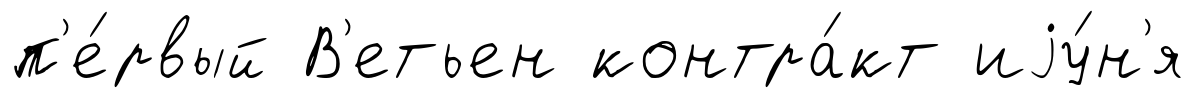
п'е́рвый В'етьен контра́кт иjу́н'я